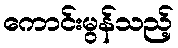
ကောင်းမွန်သည့်